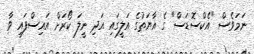
ނަމަވެސް "އެކްސޮޑަސް" ގެ އާޔަތުގެ އަލީގައި އަދި ނީލަ ކޯރަށް އައިސްފައި ވާ